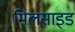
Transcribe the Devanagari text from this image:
मिलसाइड